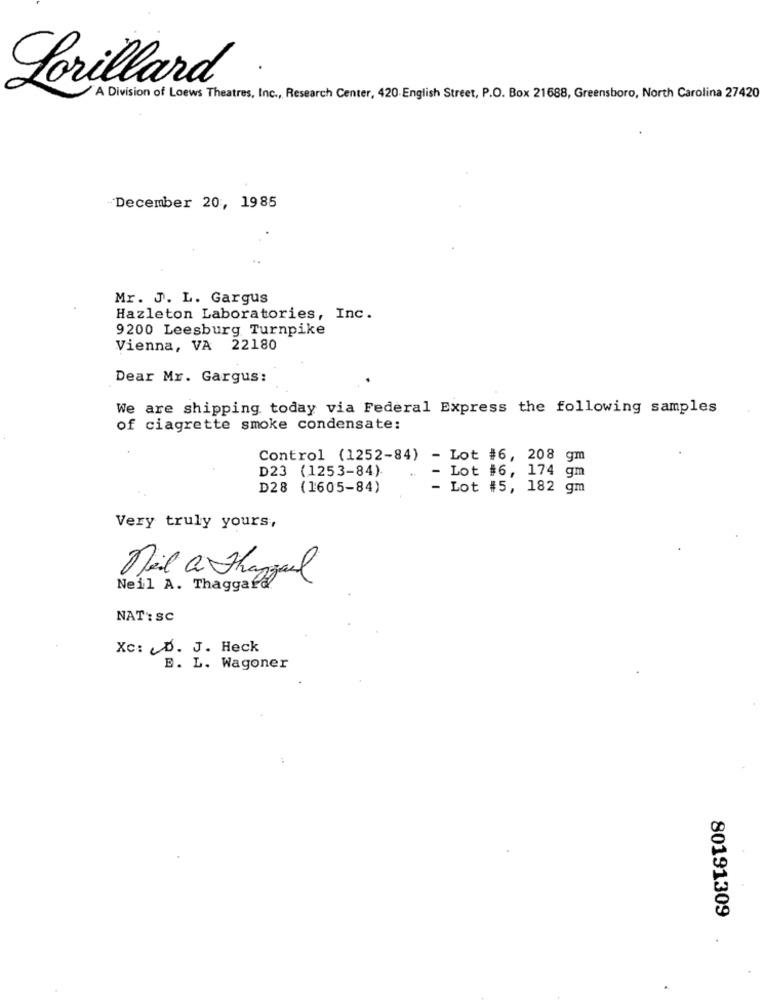
.
Lorillard
A Division of Loews Theatres, Inc ., Research Center, 420- English Street, P.O. Box 21688, Greensboro, North Carolina 27420
-December 20, 1985
Mr. J. L. Gargus
Hazleton Laboratories, Inc.
9200 Leesburg Turnpike
Vienna, VA 22180
Dear Mr. Gargus:
We are shipping today via Federal Express the following samples
of ciagrette smoke condensate:
Control (1252-84)
- Lot #6, 208 gm
D23 (1253-84)
Lot #6, 174 gm
D28 (1605-84)
Lot #5, 182 gm
Very truly yours,
neil a Thangaul
Neil A. Thaggafa
NAT: SC
Xc: A. J. Heck
E. L. Wagoner
80191309